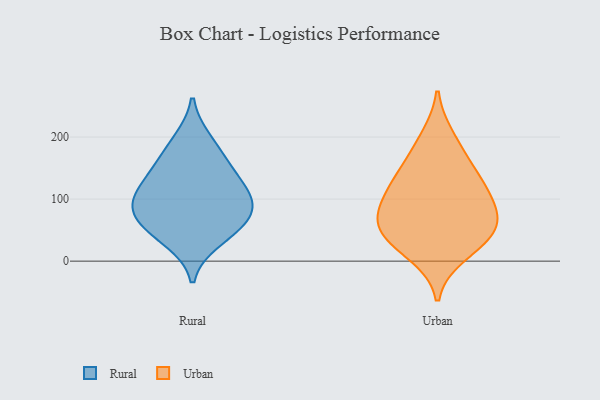
{"axis": {"x": "Energy Usage (MWh)", "y": "Value"}, "legend": ["Rural", "Urban"], "data": [{"x": "", "y": 91, "type": "Rural"}, {"x": "", "y": 142, "type": "Rural"}, {"x": "", "y": 61, "type": "Rural"}, {"x": "", "y": 117, "type": "Rural"}, {"x": "", "y": 57, "type": "Rural"}, {"x": "", "y": 104, "type": "Rural"}, {"x": "", "y": 33, "type": "Rural"}, {"x": "", "y": 161, "type": "Rural"}, {"x": "", "y": 85, "type": "Rural"}, {"x": "", "y": 195, "type": "Rural"}, {"x": "", "y": 66, "type": "Urban"}, {"x": "", "y": 98, "type": "Urban"}, {"x": "", "y": 164, "type": "Urban"}, {"x": "", "y": 61, "type": "Urban"}, {"x": "", "y": 200, "type": "Urban"}, {"x": "", "y": 32, "type": "Urban"}, {"x": "", "y": 136, "type": "Urban"}, {"x": "", "y": 40, "type": "Urban"}, {"x": "", "y": 125, "type": "Urban"}, {"x": "", "y": 10, "type": "Urban"}, {"x": "", "y": 102, "type": "Urban"}, {"x": "", "y": 62, "type": "Urban"}]}